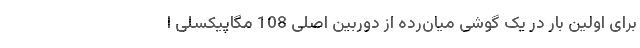
برای اولین بار در یک گوشی میان‌رده از دوربین اصلی 108 مگاپیکسلی ا